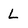
Character: L